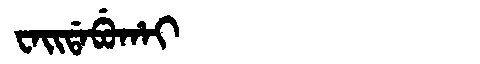
Manchu: ᠸᠠᡳᡩᠠᠪᡠᡥᠠᡳ
Romanization: WAIDABUHAI